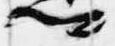
卿